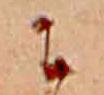
に